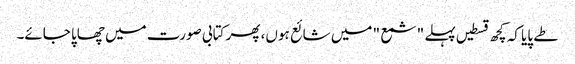
طے پایا کہ کچھ قسطیں پہلے "شمع " میں شائع ہوں، پھر کتابی صورت میں چھاپا جائے۔